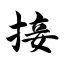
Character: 接